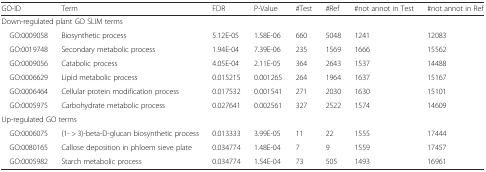
<table><thead><tr><td><b>GO-ID</b></td><td><b>Term</b></td><td><b>FDR</b></td><td><b>P-Value</b></td><td><b>#Test</b></td><td><b>#Ref</b></td><td><b>#not annot in Test</b></td><td><b>#not annot in Ref</b></td></tr></thead><tbody><tr><td colspan="8">Down-regulated plant GO SLIM terms</td></tr><tr><td> GO:0009058</td><td>Biosynthetic process</td><td>5.12E-05</td><td>1.58E-06</td><td>660</td><td>5048</td><td>1241</td><td>12083</td></tr><tr><td> GO:0019748</td><td>Secondary metabolic process</td><td>1.94E-04</td><td>7.39E-06</td><td>235</td><td>1569</td><td>1666</td><td>15562</td></tr><tr><td> GO:0009056</td><td>Catabolic process</td><td>4.05E-04</td><td>2.11E-05</td><td>364</td><td>2643</td><td>1537</td><td>14488</td></tr><tr><td> GO:0006629</td><td>Lipid metabolic process</td><td>0.015215</td><td>0.001265</td><td>264</td><td>1964</td><td>1637</td><td>15167</td></tr><tr><td> GO:0006464</td><td>Cellular protein modification process</td><td>0.017532</td><td>0.001541</td><td>271</td><td>2030</td><td>1630</td><td>15101</td></tr><tr><td> GO:0005975</td><td>Carbohydrate metabolic process</td><td>0.027641</td><td>0.002561</td><td>327</td><td>2522</td><td>1574</td><td>14609</td></tr><tr><td colspan="8">Up-regulated GO terms</td></tr><tr><td> GO:0006075</td><td>(1- &gt; 3)-beta-D-glucan biosynthetic process</td><td>0.013333</td><td>3.99E-05</td><td>11</td><td>22</td><td>1555</td><td>17444</td></tr><tr><td> GO:0080165</td><td>Callose deposition in phloem sieve plate</td><td>0.034774</td><td>1.48E-04</td><td>7</td><td>9</td><td>1559</td><td>17457</td></tr><tr><td> GO:0005982</td><td>Starch metabolic process</td><td>0.034774</td><td>1.54E-04</td><td>73</td><td>505</td><td>1493</td><td>16961</td></tr></tbody></table>